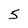
Character: S